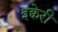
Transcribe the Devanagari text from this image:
इक्वेरी